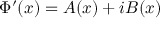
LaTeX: \Phi ^ { \prime } ( x ) = A ( x ) + i B ( x )